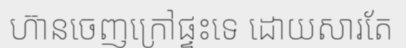
ហ៊ានចេញក្រៅផ្ទះទេ ដោយសារតែ